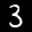
Label: 3